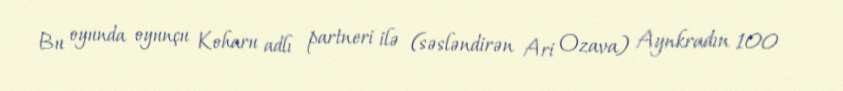
Bu oyunda oyunçu Koharu adlı partneri ilə (səsləndirən Ari Ozava) Aynkradın 100